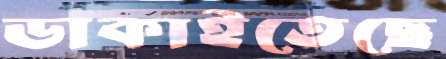
ডাকাইতেছে